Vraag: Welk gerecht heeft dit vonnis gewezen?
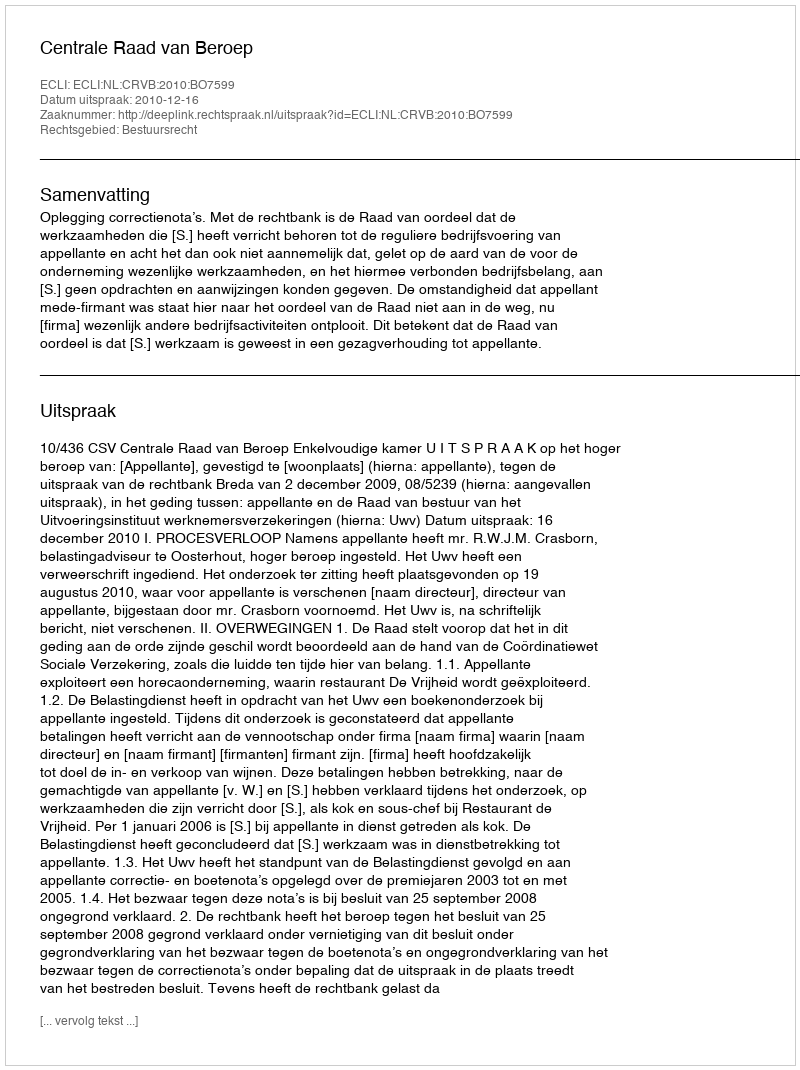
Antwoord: Centrale Raad van Beroep